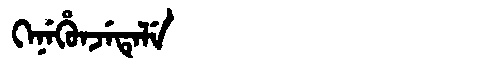
Manchu: ᡴᡝᠨᡝᡥᡠᠨᠵᡝᡨᡝᠯᡝ
Romanization: KENEHUNJETELE